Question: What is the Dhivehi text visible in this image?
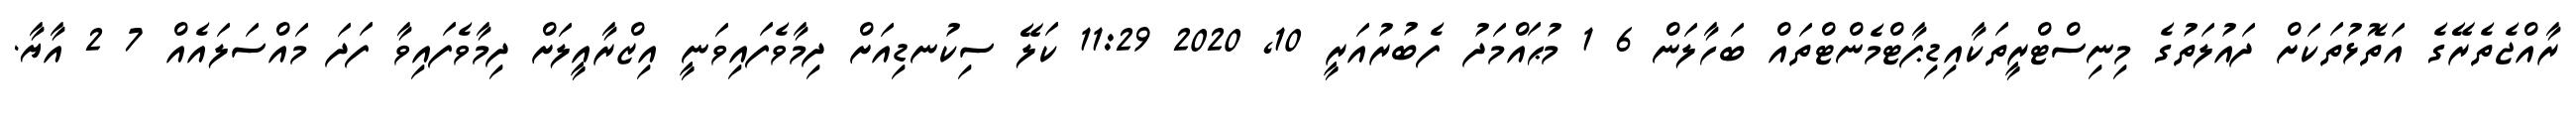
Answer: ރާއްޖެތެރޭގެ އަތޮޅުތަކަށް ދައުލަތުގެ މިނިސްޓްރީތަކާއިޑިޕާޓްމެންޓްތައް ބަހާލަން 6 1 މުޙައްމަދު ފެބުރުއަރީ 10, 2020 11:29 ކަލޭ ސިކުނޑިއަށް ދިމާވެފައިވަނީ އިޒްރާއީލަށް ދިމާވެފައިވާ ފަދަ މައްސަލައެއް 7 2 އާޔާ.